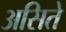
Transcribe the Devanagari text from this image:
असिते